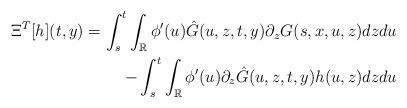
LaTeX: \begin{align*}\Xi^T[h](t,y)=\int_{s}^{t} \int_{\mathbb{R}} \phi'(u)\hat{G}(u,z,t,y)\partial_zG(s,x,u,z)dzdu\\- \int_{s}^{t}\int_{\mathbb{R}}\phi'(u)\partial_z\hat{G}(u,z,t,y)h(u,z)dzdu\end{align*}